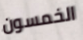
الخمسون